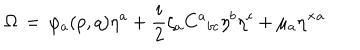
\Omega \, = \, \varphi _ { a } ( p , q ) \eta ^ { a } + \frac { i } { 2 } \zeta _ { a } C ^ { a } { } _ { b c } \eta ^ { b } \eta ^ { c } + \mu _ { a } \eta ^ { \times a }